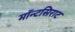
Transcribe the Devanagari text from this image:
मॉन्टसिराट